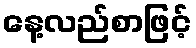
နေ့လည်စာဖြင့်